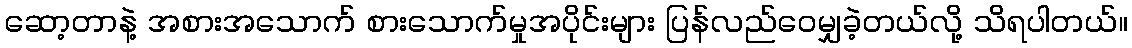
ဆော့တာနဲ့ အစားအသောက် စားသောက်မှုအပိုင်းများ ပြန်လည်ဝေမျှခဲ့တယ်လို့ သိရပါတယ်။